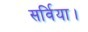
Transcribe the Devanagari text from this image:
सर्विया।